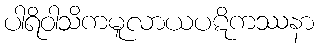
ပါရိဝါသိကမူလာယပဋိကဿနာ